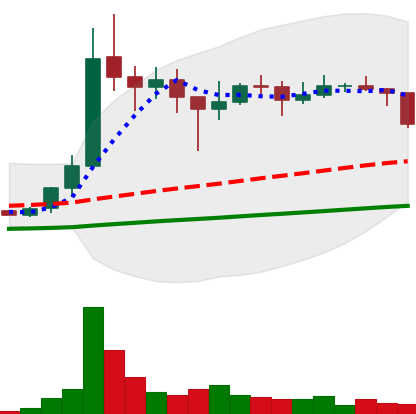
Ticker: XLM-USD
Chart end date: 2021-01-21
Forward return: 3.549%
Label: up_3_5